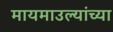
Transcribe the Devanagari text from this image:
मायमाउल्यांच्या